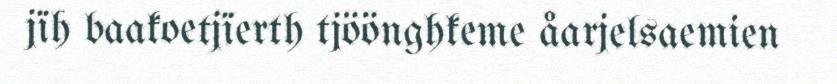
jïh baakoetjïerth tjöönghkeme åarjelsaemien